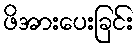
ဖိအားပေးခြင်း